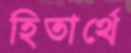
হিতার্থে